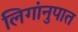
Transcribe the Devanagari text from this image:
लिगांनुपात